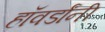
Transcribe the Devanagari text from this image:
हॉवर्डांनी